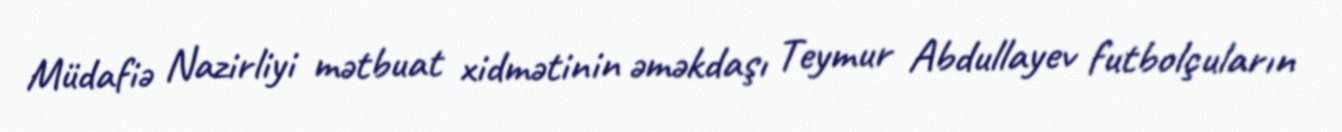
Müdafiə Nazirliyi mətbuat xidmətinin əməkdaşı Teymur Abdullayev futbolçuların